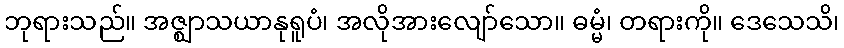
ဘုရားသည်။ အဇ္ဈာသယာနုရူပံ၊ အလိုအားလျော်သော။ ဓမ္မံ၊ တရားကို။ ဒေသေသိ၊